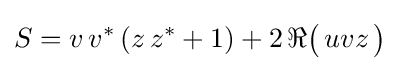
S=v\,v^{*}\left(z\,z^{*}+1\right)+2\,\Re {\mathord {\bigl (}}\,uvz\,{\bigr )}